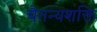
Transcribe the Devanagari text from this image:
चैतन्यशक्ति